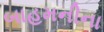
બાહમનીના